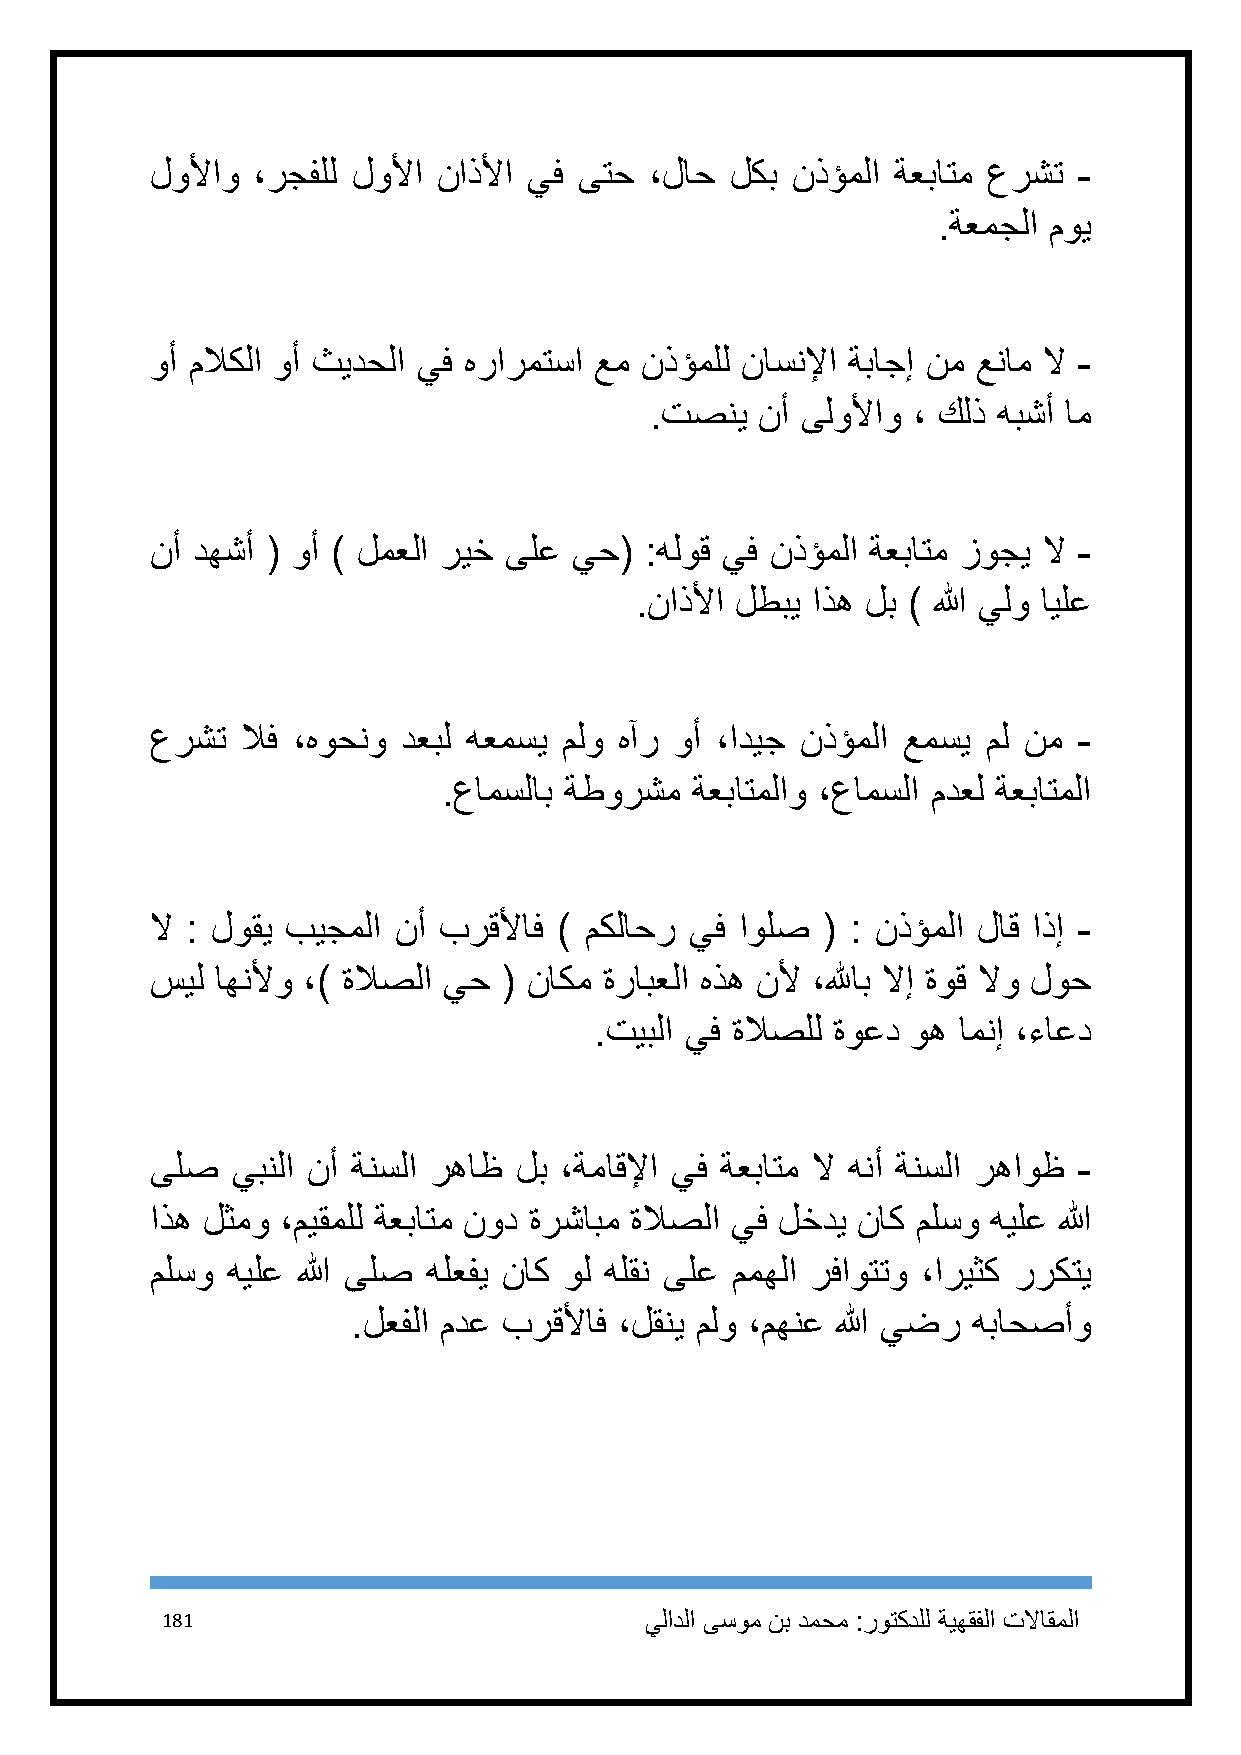
لولأاو ،رجفلل لولأا ناذلأا يف ىتح ،لاح لكب نذؤملا ةعباتم عرشت -
 .ةعمجلا موي
 وأ ملاكلا وأ ثيدحلا يف هرارمتسا عم نذؤملل ناسنلإا ةباجإ نم عنام لا -
 .تصني  نأ ىلولأاو ، كلذ هبشأ ام
 نأ دهشأ ( وأ ) لمعلا ريخ ىلع يح( :هلوق يف نذؤملا ةعباتم زوجي لا -
 .ناذلأا لطبي اذه لب ) الله يلو ايلع
 عرشت  لاف ،هوحنو دعبل هعمسي ملو هآر وأ ،اديج نذؤملا عمسي مل نم -
 .عامسلاب ةطورشم  ةعباتملاو ،عامسلا مدعل ةعباتملا
 لا : لوقي بيجملا نأ برقلأاف ) مكلاحر يف اولص ( : نذؤملا لاق اذإ -
 سيل اهنلأو ،) ةلاصلا يح ( ناكم ةرابعلا هذه نلأ ،للهاب لاإ ةوق لاو لوح
 .تيبلا يف ةلاصلل ةوعد وه امنإ ،ءاعد
 ىلص  يبنلا نأ ةنسلا رهاظ لب ،ةماقلإا يف ةعباتم لا هنأ ةنسلا رهاوظ -
 اذه لثمو ،ميقملل ةعباتم نود ةرشابم ةلاصلا يف لخدي ناك ملسو هيلع الله
 ملسو هيلع الله ىلص هلعفي ناك ول هلقن ىلع ممهلا رفاوتتو ،اريثك رركتي
 .لعفلا مدع برقلأاف ،لقني ملو ،مهنع الله يضر هباحصأو
 181                             يلادلا ىسوم نب دمحم :روتكدلل ةيهقفلا تلااقملا